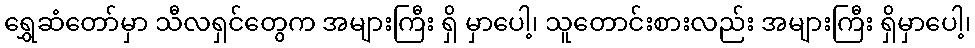
ရွှေဆံတော်မှာ သီလရှင်တွေက အများကြီး ရှိ မှာပေါ့၊ သူတောင်းစားလည်း အများကြီး ရှိမှာပေါ့၊